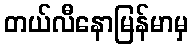
တယ်လီနောမြန်မာမှ